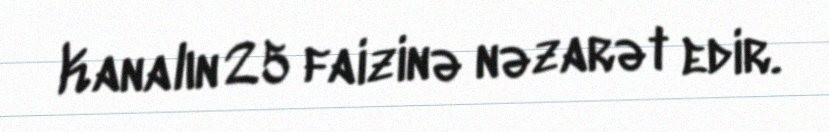
Kanalın 25 faizinə nəzarət edir.